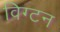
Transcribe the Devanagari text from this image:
विग्टन